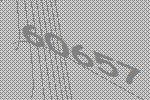
60657